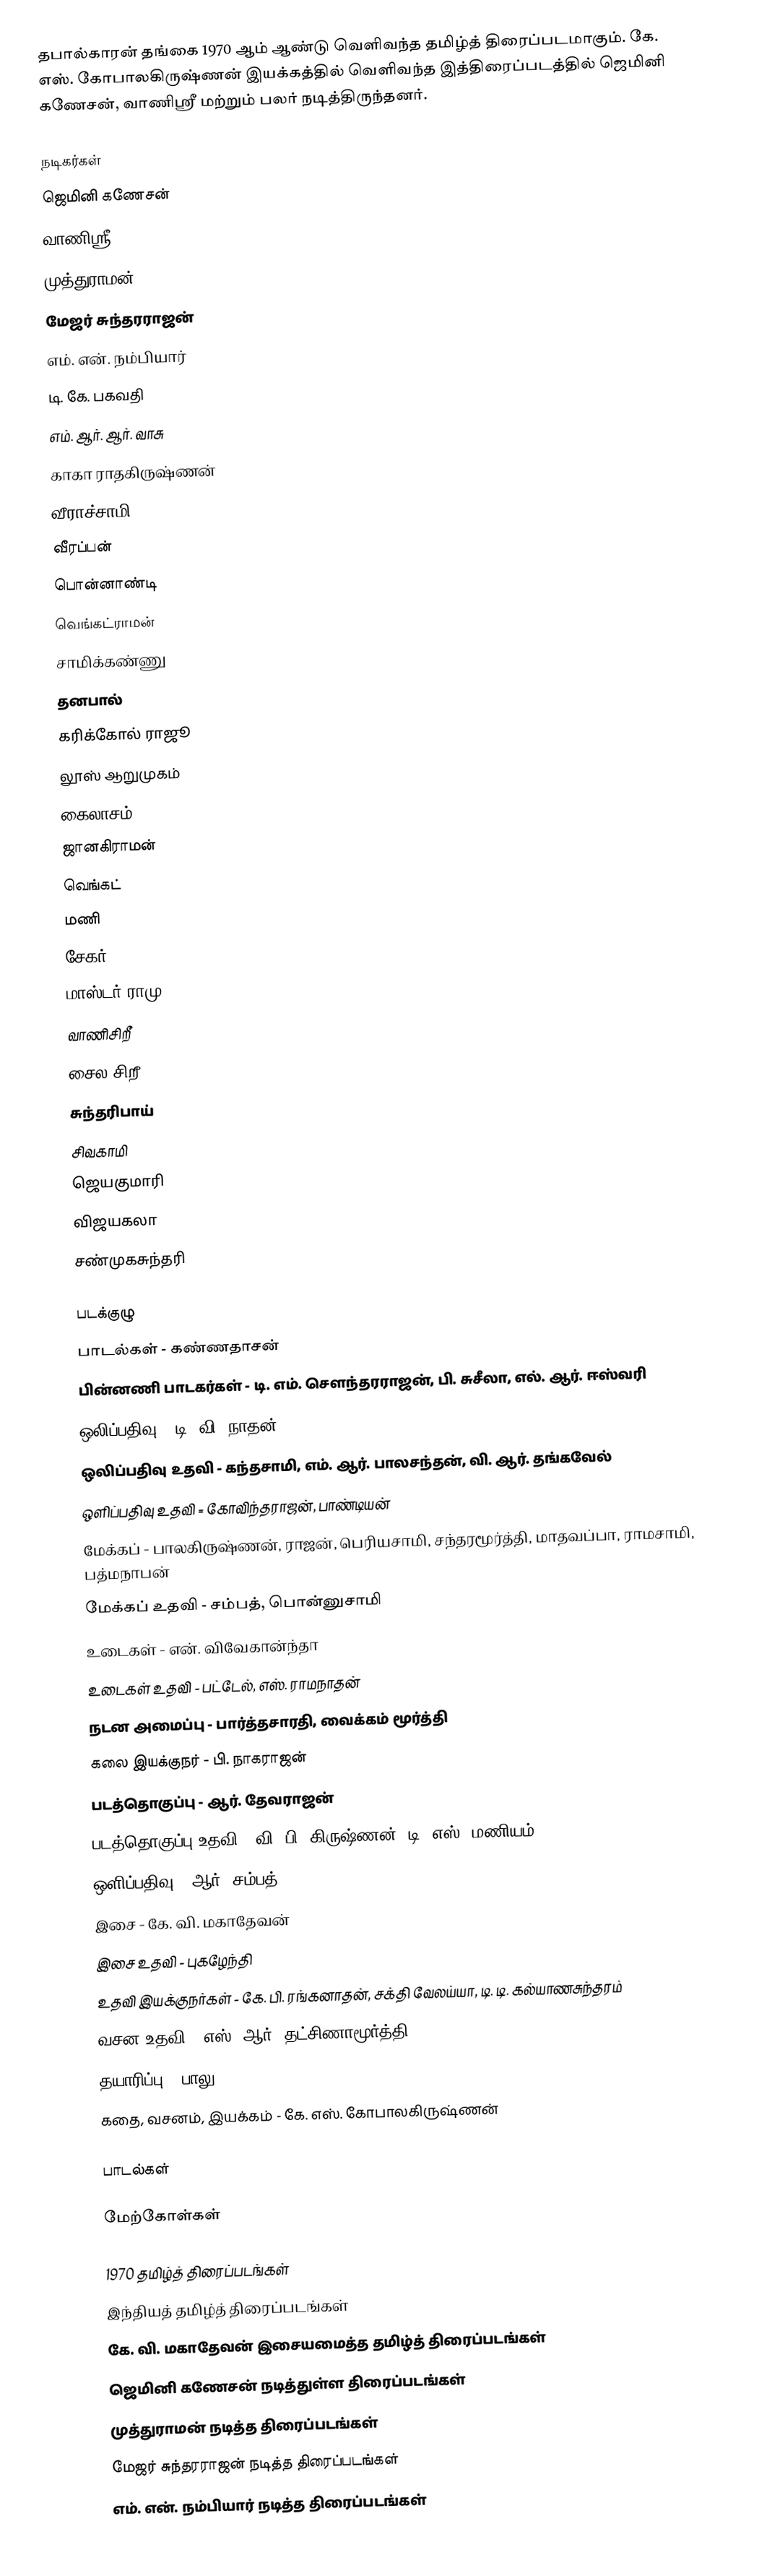
தபால்காரன் தங்கை 1970 ஆம் ஆண்டு வெளிவந்த தமிழ்த் திரைப்படமாகும். கே. எஸ். கோபாலகிருஷ்ணன் இயக்கத்தில் வெளிவந்த இத்திரைப்படத்தில் ஜெமினி கணேசன், வாணிஸ்ரீ மற்றும் பலர் நடித்திருந்தனர்.

நடிகர்கள்
ஜெமினி கணேசன்
வாணிஸ்ரீ
முத்துராமன்
மேஜர் சுந்தரராஜன்
 எம். என். நம்பியார்
 டி. கே. பகவதி
 எம். ஆர். ஆர். வாசு
 காகா ராதகிருஷ்ணன்
 வீராச்சாமி
 வீரப்பன்
 பொன்னாண்டி
 வெங்கட்ராமன்
 சாமிக்கண்ணு
 தனபால்
 கரிக்கோல் ராஜூ
 லூஸ் ஆறுமுகம்
 கைலாசம்
 ஜானகிராமன்
 வெங்கட்
 மணி
 சேகர்
 மாஸ்டர் ராமு
 வாணிசிறீ
 சைல சிறீ
 சுந்தரிபாய்
 சிவகாமி
 ஜெயகுமாரி
 விஜயகலா
 சண்முகசுந்தரி

படக்குழு
 பாடல்கள் - கண்ணதாசன்
 பின்னணி பாடகர்கள் - டி. எம். சௌந்தரராஜன், பி. சுசீலா, எல். ஆர். ஈஸ்வரி
 ஒலிப்பதிவு - டி. வி. நாதன்
 ஒலிப்பதிவு உதவி - கந்தசாமி, எம். ஆர். பாலசந்தன், வி. ஆர். தங்கவேல்
 ஒளிப்பதிவு உதவி = கோவிந்தராஜன், பாண்டியன்
 மேக்கப் - பாலகிருஷ்ணன், ராஜன், பெரியசாமி, சந்தரமூர்த்தி, மாதவப்பா, ராமசாமி, பத்மநாபன்
 மேக்கப் உதவி - சம்பத், பொன்னுசாமி
 உடைகள் - என். விவேகான்ந்தா
 உடைகள் உதவி - பட்டேல், எஸ். ராமநாதன்
 நடன அமைப்பு - பார்த்தசாரதி, வைக்கம் மூர்த்தி
 கலை இயக்குநர் - பி. நாகராஜன்
 படத்தொகுப்பு - ஆர். தேவராஜன்
 படத்தொகுப்பு உதவி - வி. பி. கிருஷ்ணன், டி. எஸ். மணியம்
 ஒளிப்பதிவு - ஆர். சம்பத்
 இசை - கே. வி. மகாதேவன்
 இசை உதவி - புகழேந்தி
 உதவி இயக்குநர்கள் - கே. பி. ரங்கனாதன், சக்தி வேலய்யா, டி. டி. கல்யாணசுந்தரம்
 வசன உதவி - எஸ். ஆர். தட்சிணாமூர்த்தி
 தயாரிப்பு - பாலு
 கதை, வசனம், இயக்கம் - கே. எஸ். கோபாலகிருஷ்ணன்

பாடல்கள்

மேற்கோள்கள்

1970 தமிழ்த் திரைப்படங்கள்
இந்தியத் தமிழ்த் திரைப்படங்கள்
கே. வி. மகாதேவன் இசையமைத்த தமிழ்த் திரைப்படங்கள்
ஜெமினி கணேசன் நடித்துள்ள திரைப்படங்கள்
முத்துராமன் நடித்த திரைப்படங்கள்
மேஜர் சுந்தரராஜன் நடித்த திரைப்படங்கள்
எம். என். நம்பியார் நடித்த திரைப்படங்கள்